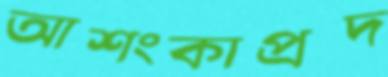
আশংকাপ্রদ